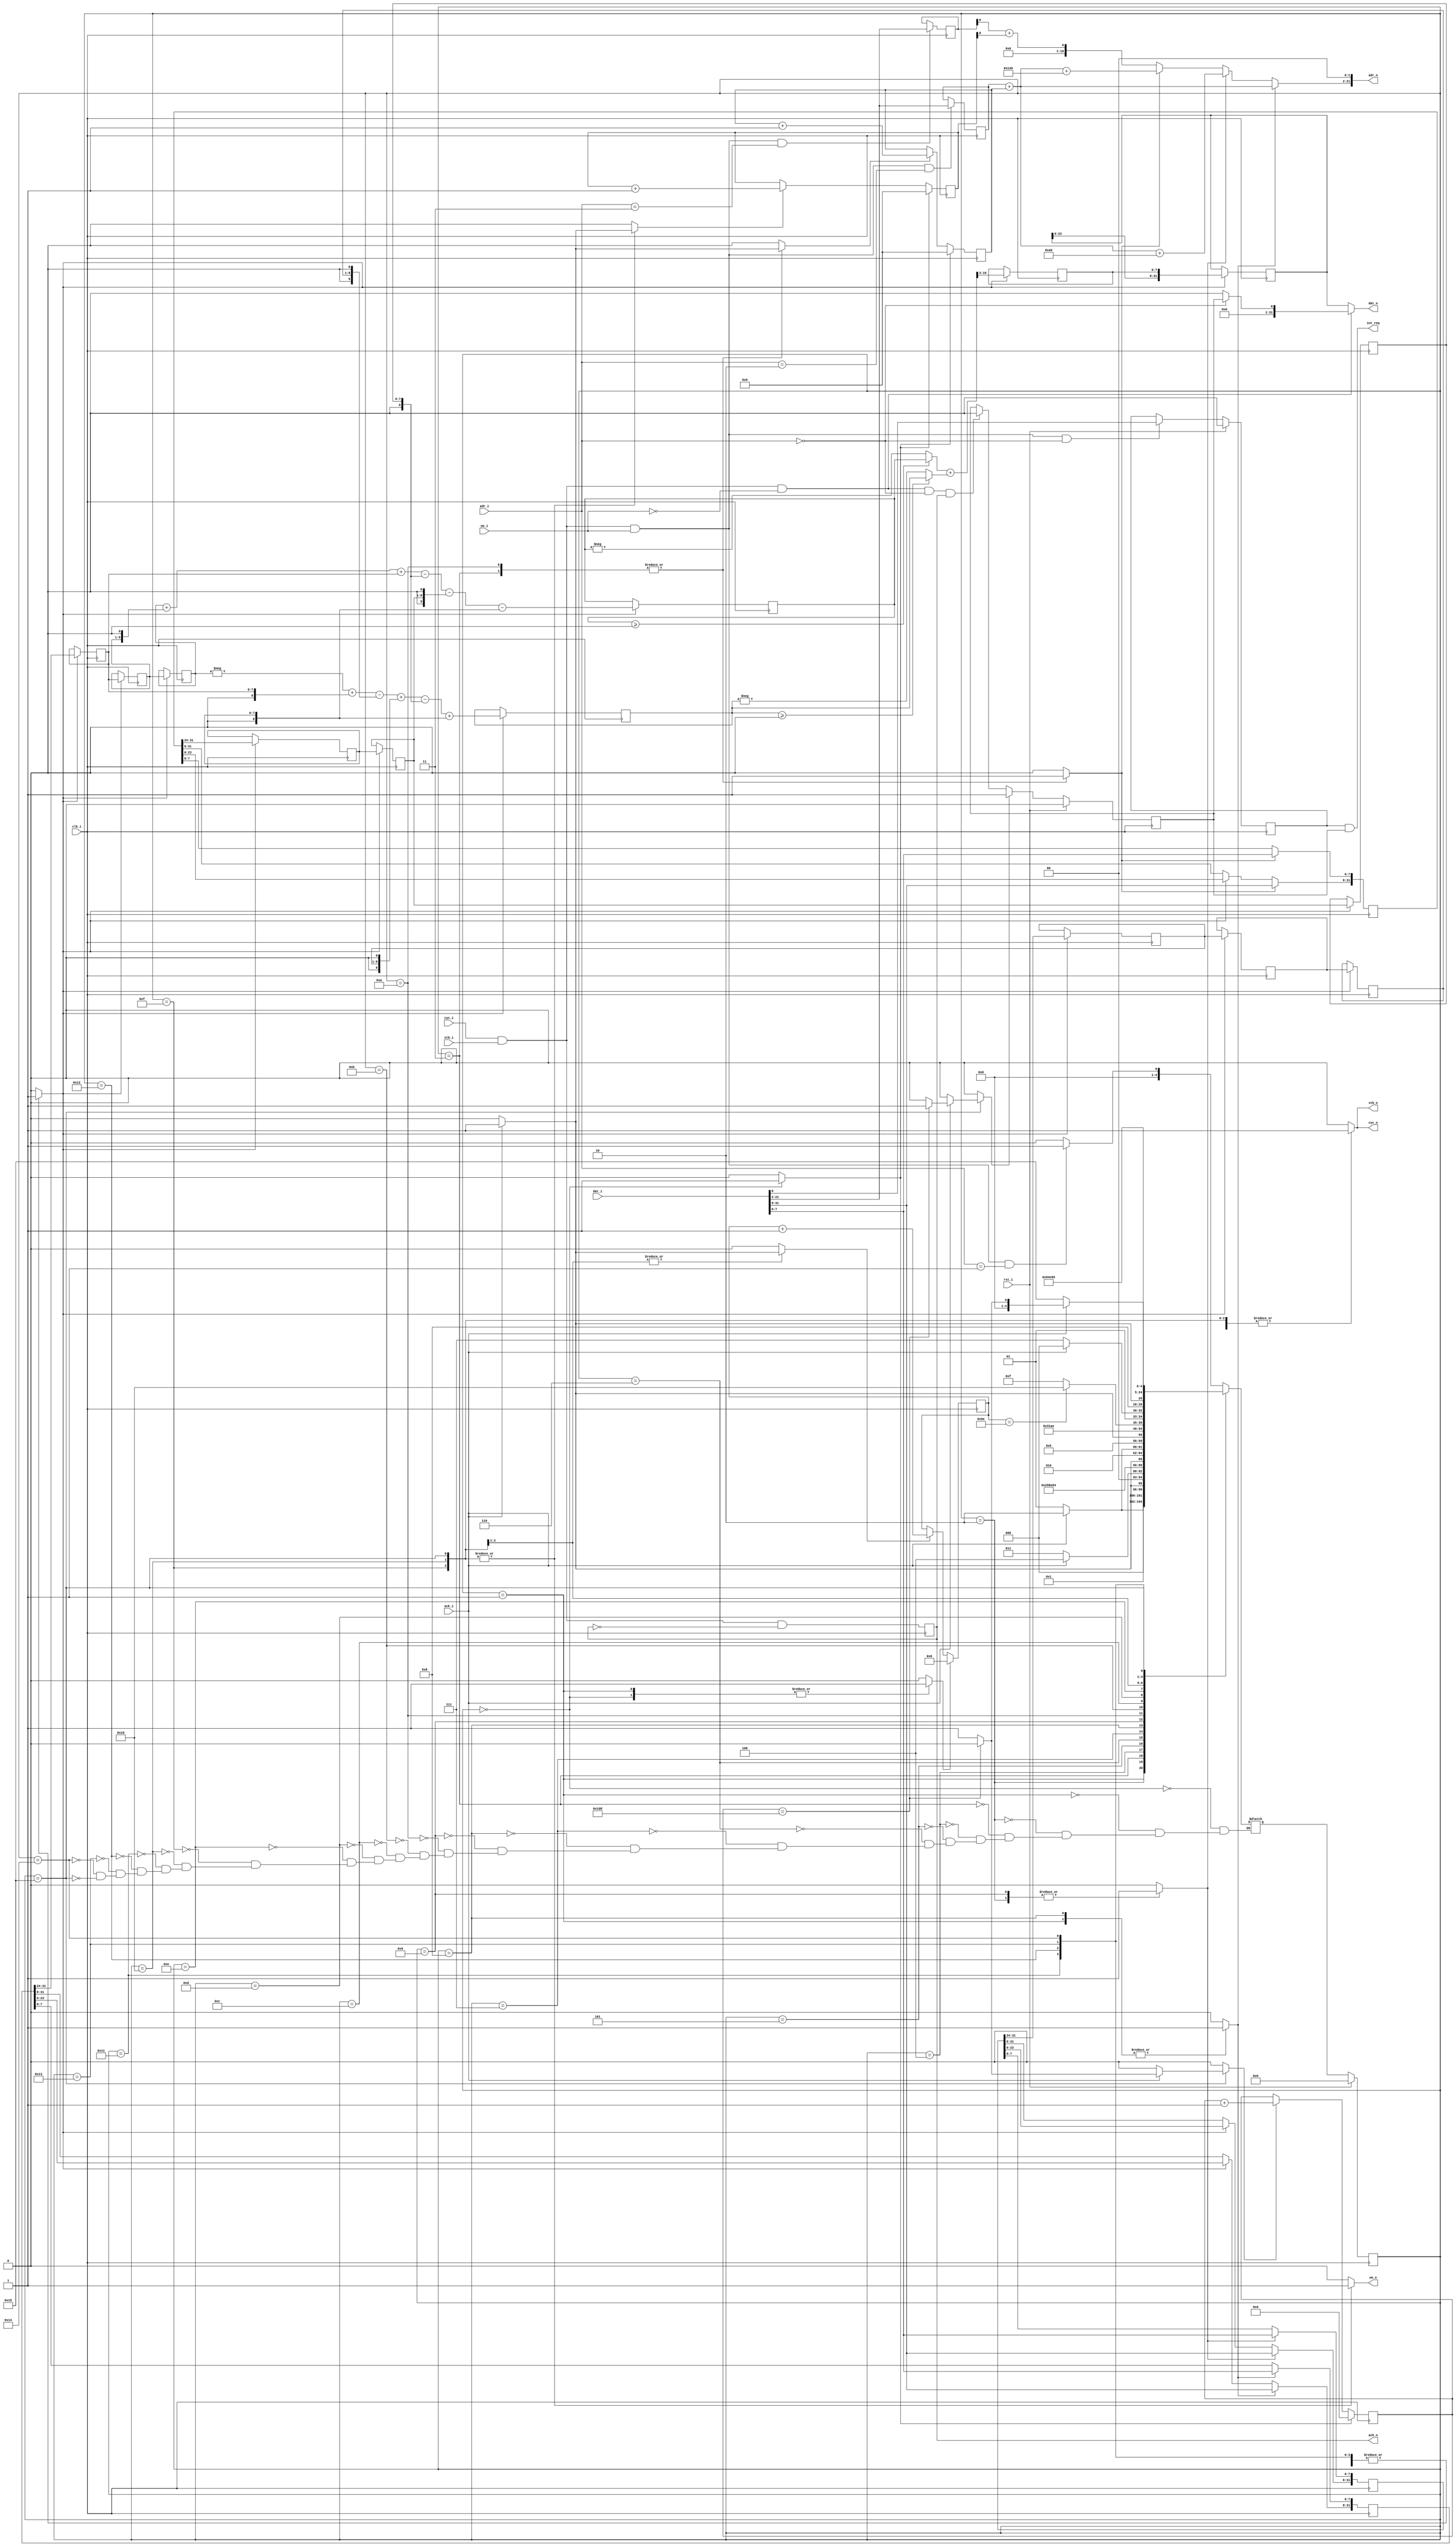
`timescale 1ns / 1ps
//////////////////////////////////////////////////////////////////////////////////
// Company: 
// Engineer: 
// 
// Design Name: 
// Module Name: sobel
// Project Name: 
// Target Devices: 
// Tool Versions: 
// Description: 
// 
// Dependencies: 
// 
// Revision:
// Revision 0.01 - File Created
// Additional Comments:
// 
//////////////////////////////////////////////////////////////////////////////////


module sobel(input clk_i, input rst_i, input ack_i, input stb_i, input [1:0] adr_i, input [31:0] dat_i, input cyc_i, input we_i, output reg cyc_o, output stb_o, output reg we_o, output wire [21:0] adr_o,output reg ack_o, output reg [31:0] dat_o, output  int_req);
// Computation datapath signals
reg [19:0] O_base;
reg [19:0] O_offset;
reg [19:0] D_base;
reg [19:0] D_offset;
reg [31:0] prev_row, curr_row, next_row;
reg [7:0] O [-1:+1][-1:+1];
reg signed [10:0] Dx, Dy, D;
reg [7:0] abs_D;
reg [31:0] result_row;
parameter [4:0] idle = 5'b00000,
 read_prev_0 = 5'b00001,
 read_curr_0 = 5'b00010,
 read_next_0 = 5'b00011,
 comp1_0 = 5'b00100,
 comp2_0 = 5'b00101,
 comp3_0 = 5'b00110,
 comp4_0 = 5'b00111,
 read_prev = 5'b01000,
 read_curr = 5'b01001,
 read_next = 5'b01010,
 comp1 = 5'b01011,
 comp2 = 5'b01100,
 comp3 = 5'b01101,
 comp4 = 5'b01110,
 write_result = 5'b01111,
 write_158 = 5'b10000,
 comp1_159 = 5'b10001,
 comp2_159 = 5'b10010,
 comp3_159 = 5'b10011,
 comp4_159 = 5'b10100,
 write_159 = 5'b10101;
reg [4:0] current_state, next_state;
reg [9:0] row; // range 0 to 477;
reg [7:0] col; // range 0 to 159;
wire O_base_ce, D_base_ce;
wire start;
reg offset_reset, row_reset, col_reset;
reg prev_row_load, curr_row_load, next_row_load;
reg shift_en;
reg row_cnt_en, col_cnt_en;
reg O_offset_cnt_en, D_offset_cnt_en;
reg int_en, done_set, done;
wire [19:0] O_prev_addr;
wire [19:0] O_curr_addr;
wire [19:0] O_next_addr;
always @(posedge clk_i) // Row counter
if (row_reset) row <= 0;
else if (row_cnt_en) row <= row + 1;
always @(posedge clk_i) // Column counter
if (col_reset) col <= 0;
else if (col_cnt_en) col <= col + 1;
always @(posedge clk_i) // State register
if (rst_i) current_state <= idle;
else current_state <= next_state;
always @* begin // FSM logic
offset_reset = 1'b0; row_reset = 1'b0;
col_reset = 1'b0;
row_cnt_en = 1'b0; col_cnt_en = 1'b0;
O_offset_cnt_en = 1'b0; D_offset_cnt_en = 1'b0;
prev_row_load = 1'b0; curr_row_load = 1'b0;
next_row_load = 1'b0;
shift_en = 1'b0; cyc_o = 1'b0;
we_o = 1'b0; done_set = 1'b0;
case (current_state)
idle: begin
offset_reset = 1'b1; row_reset = 1'b1;
col_reset = 1'b1;
if (start) next_state = read_prev_0;
else next_state = idle;
end
read_prev_0: begin
col_reset = 1'b1; prev_row_load = 1'b1;
cyc_o = 1'b1;
if (ack_i) next_state = read_curr_0;
else next_state = read_prev_0;
end
read_curr_0: begin
curr_row_load = 1'b1; cyc_o = 1'b1;
if (ack_i) next_state = read_next_0;
else next_state = read_curr_0;
end
read_next_0: begin
next_row_load = 1'b1; cyc_o = 1'b1;
if (ack_i) begin
O_offset_cnt_en = 1'b1;
next_state = comp1_0;
end
else next_state = read_next_0;
end
comp1_0: begin
shift_en = 1'b1;
next_state = comp2_0;
end
comp2_0: begin
shift_en = 1'b1;
next_state = comp3_0;
end
comp3_0: begin
shift_en = 1'b1;
next_state = comp4_0;
end
comp4_0: begin
shift_en = 1'b1;
next_state = read_prev;
end
read_prev: begin
prev_row_load = 1'b1;cyc_o = 1'b1;
if (ack_i) next_state = read_curr;
else next_state = read_prev;
end
read_curr: begin
curr_row_load = 1'b1;cyc_o = 1'b1;
if (ack_i) next_state = read_next;
else next_state = read_curr;
end
read_prev: begin
prev_row_load = 1'b1;cyc_o = 1'b1;
if (ack_i) next_state = read_curr;
else next_state = read_prev;
end
read_next: begin
next_row_load = 1'b1;cyc_o = 1'b1;
if (ack_i) begin
next_state = comp1;
O_offset_cnt_en = 1'b1;
end
else next_state = read_next;
end
comp1: begin
shift_en = 1'b1;
next_state = comp2;
end
comp2: begin
shift_en = 1'b1;
next_state = comp3;
end
comp3: begin
shift_en = 1'b1;
next_state = comp4;
end
comp4: begin
shift_en = 1'b1;
if (col == 158) next_state = write_158;
else next_state = write_result;
end
write_result: begin
cyc_o = 1'b1; we_o = 1'b1;
if (ack_i) begin
col_cnt_en = 1'b1; D_offset_cnt_en = 1'b1;
next_state = read_prev;
//$display("yo");
end
else next_state = write_result;
end
write_158: begin
cyc_o = 1'b1; we_o = 1'b1;
if (ack_i) begin
col_cnt_en = 1'b1; D_offset_cnt_en = 1'b1;
next_state = comp1_159;
end
else next_state = write_158;
end
comp1_159: begin
shift_en = 1'b1;
next_state = comp2_159;
end
comp2_159: begin
shift_en = 1'b1;
next_state = comp3_159;
end
comp3_159: begin
shift_en = 1'b1;
next_state = comp4_159;
end
comp4_159: begin
shift_en = 1'b1;
next_state = write_159;
end
write_159: begin
cyc_o = 1'b1; we_o = 1'b1;
if (ack_i) begin
D_offset_cnt_en = 1'b1; 
if (row == 477) begin
done_set = 1'b1;
next_state = idle;
end
else begin
row_cnt_en = 1'b1;
next_state = read_prev_0;
end
end
else next_state = write_159;
end
endcase
end
assign stb_o = cyc_o;



// Computational datapath
always @(posedge clk_i) // Previous row register
if (prev_row_load) prev_row <= dat_i;
else if (shift_en) prev_row[31:8] <= prev_row[23:0];
always @(posedge clk_i) // Current row register
if (curr_row_load) curr_row <= dat_i;
else if (shift_en) curr_row[31:8] <= curr_row[23:0];
always @(posedge clk_i) // Next row register
if (next_row_load) next_row <= dat_i;
else if (shift_en) next_row[31:8] <= next_row[23:0];

function [10:0] abs (input signed [10:0] x);
abs = x>=0?x:-x;
endfunction

always @(posedge clk_i) // Computation pipeline
if (shift_en) begin
D =  abs(Dy)+abs(Dx);
abs_D <= D[10:3];
Dx <= - $signed({3'b000, O[-1][-1]}) // - 1 * 0[-1][-1]
 + $signed({3'b000, O[-1][+1]}) // + 1 * 0[-1][+1]
 - ($signed({3'b000, O[ 0][-1]}) // - 2 * 0[ 0][-1]
 << 1)
 + ($signed({3'b000, O[ 0][+1]}) // + 2 * 0[ 0][+1]
 << 1)
 - $signed({3'b000, O[+1][-1]}) // - 1 * 0[+1][-1]
 + $signed({3'b000, O[+1][+1]}); // + 1 * 0[+1][+1]
Dy <= $signed({3'b000, O[-1][-1]}) // + 1 * O[-1][-1]
 + ($signed({3'b000, O[-1][ 0]}) // + 2 * 0[-1][ 0]
 << 1)
 + $signed({3'b000, O[-1][+1]}) // + 1 * 0[-1][+1]
 - $signed({3'b000, O[+1][-1]}) // - 1 * 0[+1][-1]
 - ($signed({3'b000, O[+1][ 0]}) // - 2 * 0[+1][ 0]
 << 1)
 - $signed({3'b000, O[+1][+1]}); // - 1 * 0[+1][+1]
O[-1][-1] <= O[-1][0];
O[-1][ 0] <= O[-1][+1];
O[-1][+1] <= prev_row[31:24];
O[ 0][-1] <= O[0][0];
O[ 0][ 0] <= O[0][+1];
O[ 0][+1] <= curr_row[31:24];
O[+1][-1] <= O[+1][ 0];
O[+1][ 0] <= O[+1][+1];
O[+1][+1] <= next_row[31:24];
end
always @(posedge clk_i) // Result row register
if (shift_en) result_row <= {result_row[23:0], abs_D};




// Address generator
always @(posedge clk_i) // 0 base address register
if (O_base_ce) O_base <= dat_i[21:2];
always @(posedge clk_i) // 0 address offset counter
if (offset_reset) O_offset <= 0;
else if (O_offset_cnt_en) O_offset <= O_offset + 1;
assign O_prev_addr = O_base + O_offset;
assign O_curr_addr = O_prev_addr + 640/4;
assign O_next_addr = O_prev_addr + 1280/4;
always @(posedge clk_i) // D base address register
if (D_base_ce) D_base <= dat_i[21:2];
always @(posedge clk_i) // D address offset counter
if (offset_reset) D_offset <= 0;
else if (D_offset_cnt_en) D_offset <= D_offset + 1;
assign D_addr = D_base + D_offset;
assign adr_o[21:2] = prev_row_load ? O_prev_addr :
 curr_row_load ? O_curr_addr :
 next_row_load ? O_next_addr :
 D_addr;
assign adr_o[1:0] = 2'b00;



// Wishbone slave interface
assign start = cyc_i && stb_i && we_i && adr_i == 2'b01;
assign O_base_ce = cyc_i && stb_i && we_i && adr_i == 2'b10;
assign D_base_ce = cyc_i && stb_i && we_i && adr_i == 2'b11;
always @(posedge clk_i) // Interrupt enable register
if (rst_i)
int_en <= 1'b0;
else if (cyc_i && stb_i && we_i && adr_i == 2'b00)
int_en <= dat_i[0];
always @(posedge clk_i) // Status register
if (rst_i)
done <= 1'b0;
else if (done_set)
// This occurs when last write is acknowledged,
// and so cannot coincide with a read of the
// status register.
done <= 1'b1;
else if (cyc_i && stb_i && !we_i && adr_i == 2'b00 && ack_o)
done <= 1'b0;
assign int_req = int_en && done;
always @(posedge clk_i) // Generate ack output
ack_o <= cyc_i && stb_i && !ack_o;
// Wishbone data output multiplexer
always @*
if (cyc_i && stb_i && !we_i)
if (adr_i == 2'b00)
dat_o = {31'b0, done}; // status register read
else
dat_o = 32'b0; // other registers read as 0
else
dat_o = result_row; // for master write
endmodule